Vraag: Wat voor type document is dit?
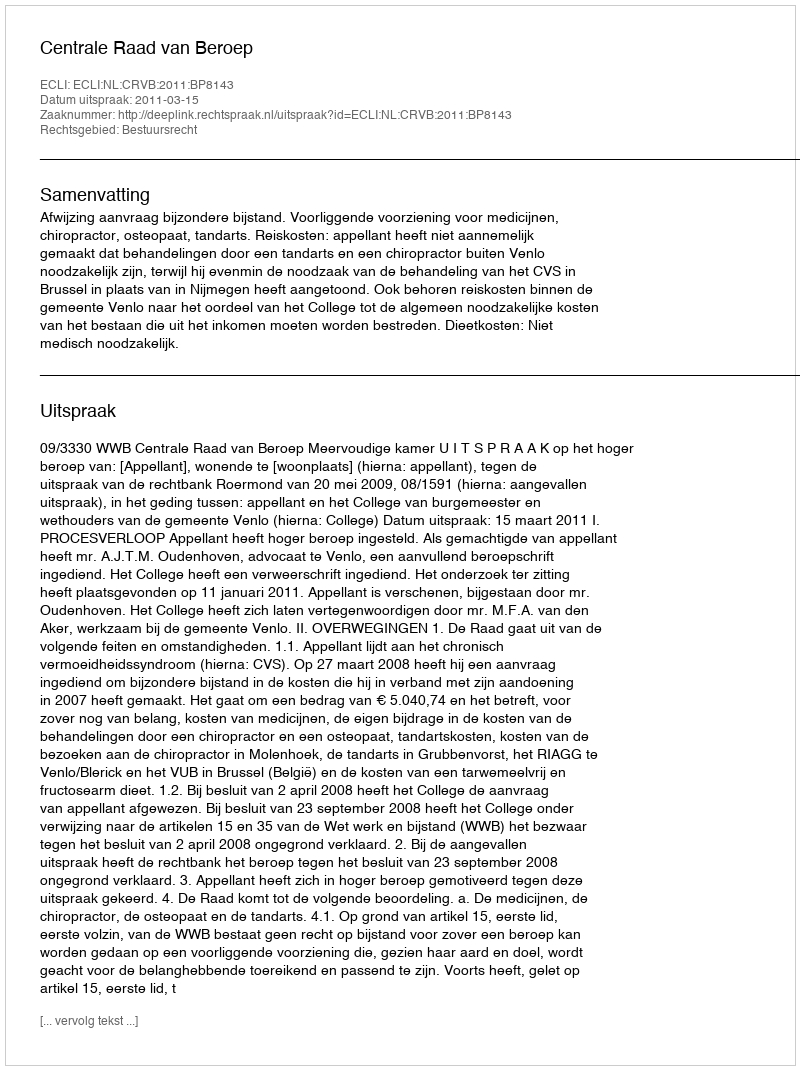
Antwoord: Uitspraak